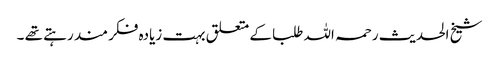
شیخ الحدیث رحمہ اللہ طلبا کے متعلق بہت زیادہ فکر مند رہتے تھے ۔